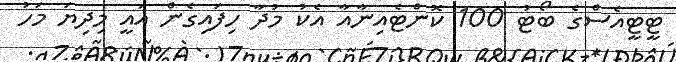
ޓީޓީއެސްގެ ބޯޓު 100 ކޮންޓެއިނާއާ އެކު މުދާ ހިފައިގެން އައީ މިދިޔަ މަހު